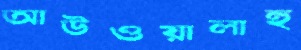
আউওয়ালাহু